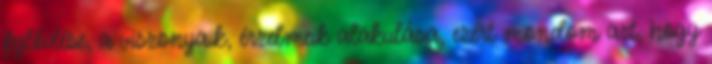
fejlődése, a viszonyaik, érzelmeik alakulása, ezért mondom azt, hogy